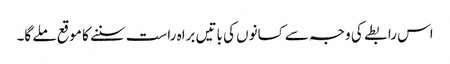
اس رابطے کی وجہ سے کسانوں کی باتیں براہ راست سننے کا موقع ملے گا۔